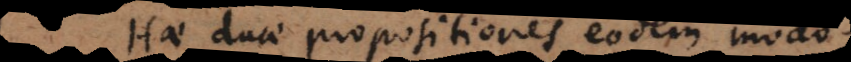
Hae duae propositiones eodem modo